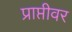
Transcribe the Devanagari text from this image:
प्राप्तीवर